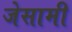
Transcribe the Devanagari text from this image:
जेसामी